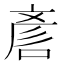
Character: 𠷗